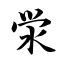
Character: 泶